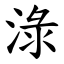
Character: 淥